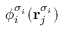
\phi _ { i } ^ { \sigma _ { i } } ( \mathbf { r } _ { j } ^ { \sigma _ { i } } )